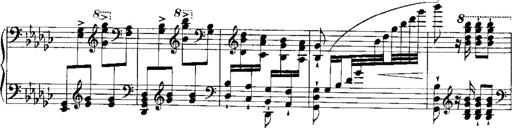
Title: RÃ©miniscences de Norma de Bellini
Composer: Franz Liszt